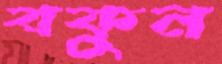
বকুন